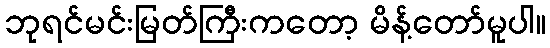
ဘုရင်မင်းမြတ်ကြီးကတော့ မိန့်တော်မူပါ။